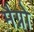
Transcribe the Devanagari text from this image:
मैग्नो